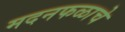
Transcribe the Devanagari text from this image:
मदनफळाचे